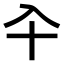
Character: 𠓝